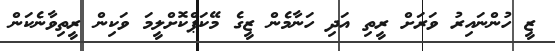
ޒީ ހުންނައިރު ވަރަށް ރީތި އަދި ހަނާމެން ޒީގެ މޭކަޕްކޮށްލީމަ ވަކިން ރީތިވާނެކަން